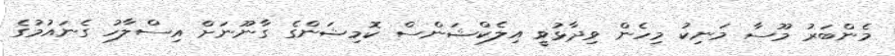
މެންބަރު މޫސާ މަނިކު މިހެން ވިދާޅުވީ އިލެކްޝަންސް ކޮމިޝަންގެ ގާނޫނަށް އިސްލާހު ގެނައުމުގެ